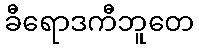
ခီရောဒကီဘူတေ